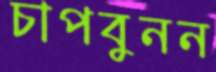
চাপবুনন